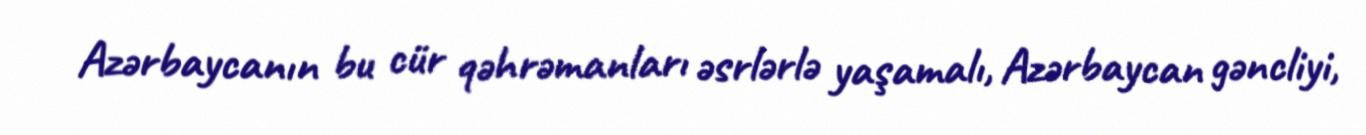
Azərbaycanın bu cür qəhrəmanları əsrlərlə yaşamalı, Azərbaycan gəncliyi,